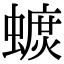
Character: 𧐚